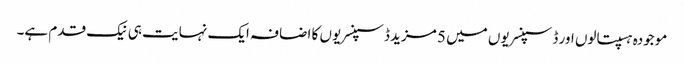
موجودہ ہسپتالوں اور ڈسپنسریوں میں 5 مزید ڈسپنسریوں کا اضافہ ایک نہایت ہی نیک قدم ہے۔